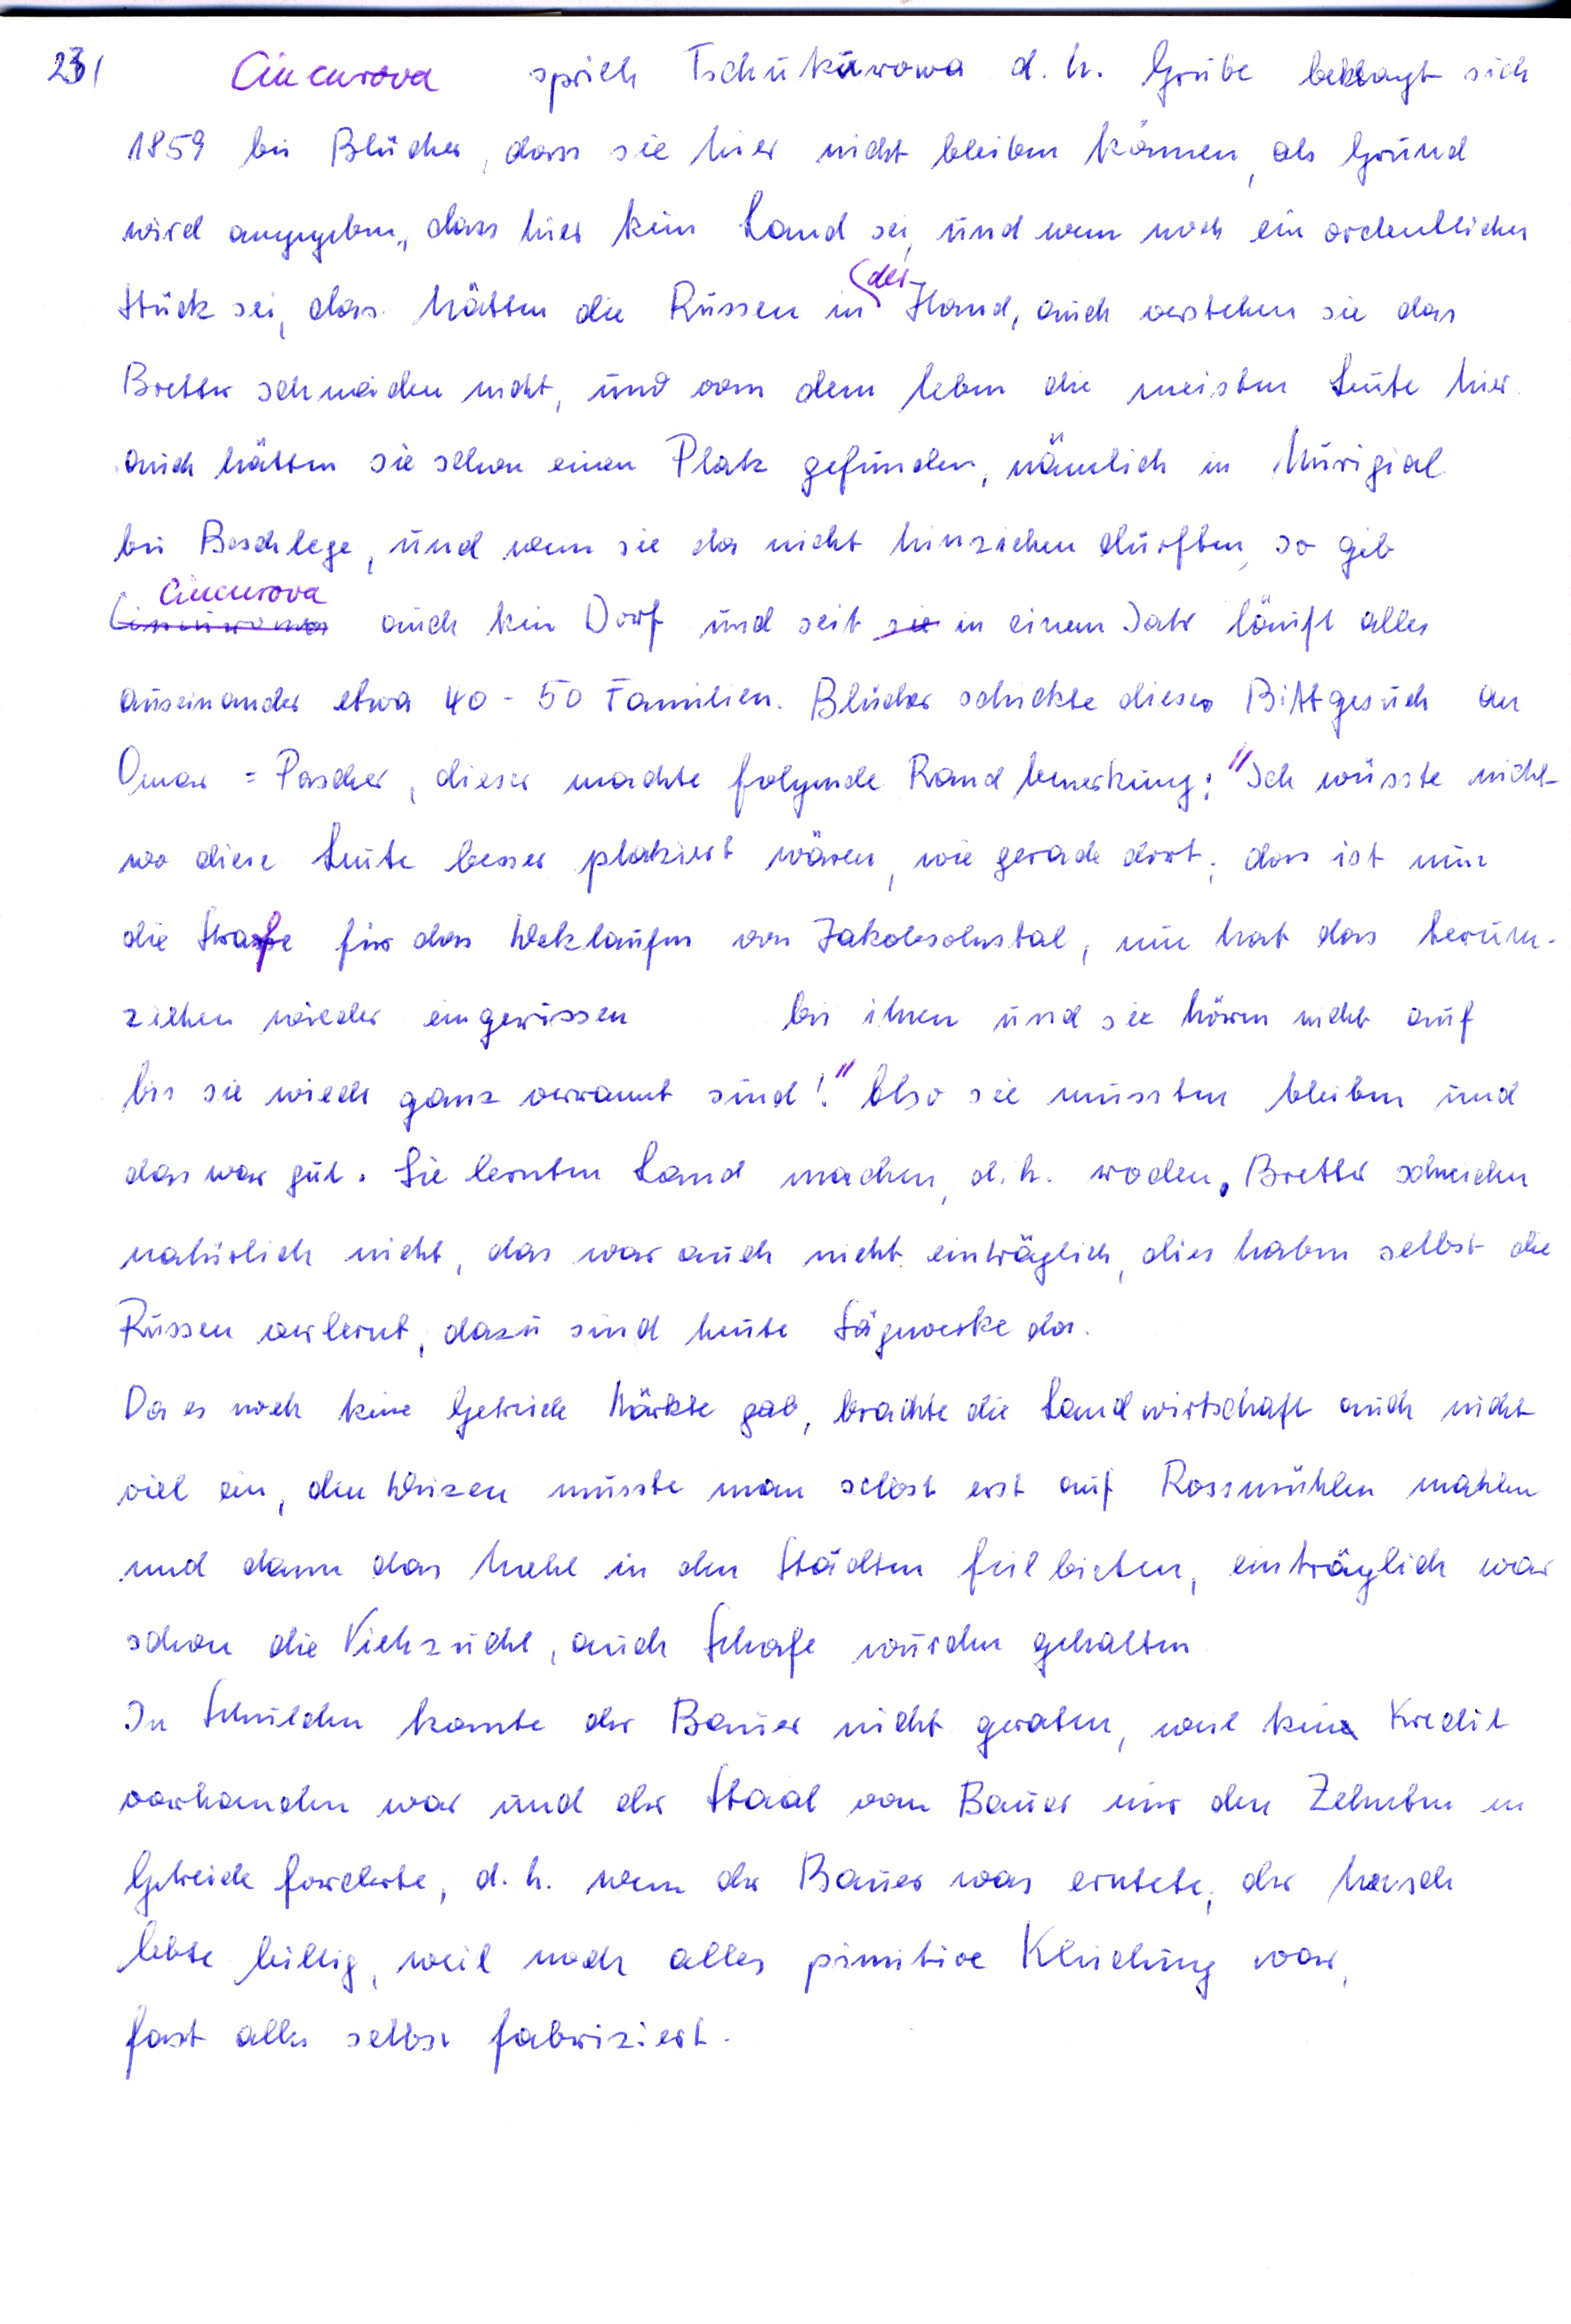
23)

Ciucurova spich Tchukurowa d. h. Grube beklagt sich
1859 bei Blücher, das sie hier nicht bleiben können als Grund
wird angegeben, das hier kein Land sei und wenn noch ein ordenliches
(der
Stück sei, das hätten die Russen in  Hand, auch verstehen sie das
Bretter schneiden nicht und von dem leben, die meisten Leute hier
auch hähten sie schon einen Platz gefunden, nämlich in Murigial
bei Beschlege, und wenn sie da nicht hinziehen dürften so gib
Ciucurova
bimerna auch kein Dorf, und seit sie in einem Jahr läuft alles
auseinander etwa 40 - 50 Familien. Blücher schickte dieses Bittgesuch an
Omar= Pascher, dieser machte folgende Rand bemerkung Ich wüsste nicht
wo diese Leute beser platziert wären, wie gerade dort das ist nun
die Strafe für das Weklaufen, von Jakobsohnstal, nie hat das herum
ziehen wieder eingerissen
bis ihnen und sie hören nicht auf
bis sie wiedr ganz verrannt sind! Also sie mussten bleiben und
das war gut. Sie lernten Land machen d.h. roden, Bretter schneiden
natürlich nicht das war auch nicht einträglich dies haben selbst die
Russen verlernt dazu sind heute Sägweke da.
Da es woch keine Getreide Märkte gab brachte die Land wirtschaft auch nicht
viel ein, den Weizen musste man selbst erst auf Rossmühlen mahlen
und dann das Mehl ein den Städten feilbieten, einträglich war
schon die Viehzucht, auch Schafe, wurden gehalten
In Schulden konnte der Bauer nicht geraten weil kein Kredit
vorhanden war und der Staat vom Bauer nur den Zehnten in
Getreide forderte, d.h. wenn der Bauer was erntete, der Mensch
lebte bilig, weil noch alles pimitive Kleidung war
fast alles selbst fabriziert.